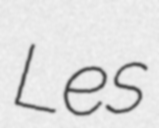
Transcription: Les